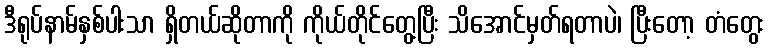
ဒီရုပ်နာမ်နှစ်ပါးသာ ရှိတယ်ဆိုတာကို ကိုယ်တိုင်တွေ့ပြီး သိအောင်မှတ်ရတာပဲ၊ ပြီးတော့ တံတွေး